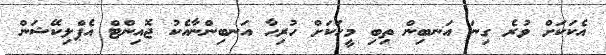
އެކަކަށް ވުރެ ގިނަ އަނބިން ތިބި މީހަކަށް ހުރިހާ އަނބިންނާއެކު ޖޮއިންޓް އެޕްލިކޭޝަން